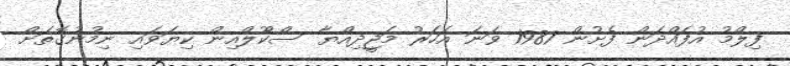
ފިލްމު އުފައްދަން ފެށުން 1987 ވަނަ އަހަރު މަޖީދިއްޔާ ސްކޫލްއިން ކިޔަވައި ނިމުނުގޮތަށް